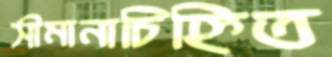
সীমানাচিহ্নিত